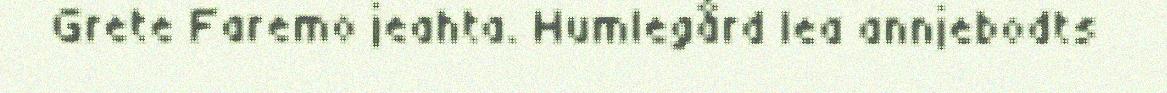
Grete Faremo jeahta. Humlegård lea annjebodts